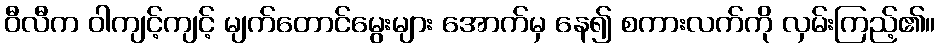
ဝီလီက ဝါကျင့်ကျင့် မျက်တောင်မွေးများ အောက်မှ နေ၍ စကားလက်ကို လှမ်းကြည့်၏။